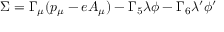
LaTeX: \Sigma = \Gamma _ { \mu } ( p _ { \mu } - e A _ { \mu } ) - \Gamma _ { 5 } \lambda \phi - \Gamma _ { 6 } \lambda ^ { \prime } \phi ^ { \prime }